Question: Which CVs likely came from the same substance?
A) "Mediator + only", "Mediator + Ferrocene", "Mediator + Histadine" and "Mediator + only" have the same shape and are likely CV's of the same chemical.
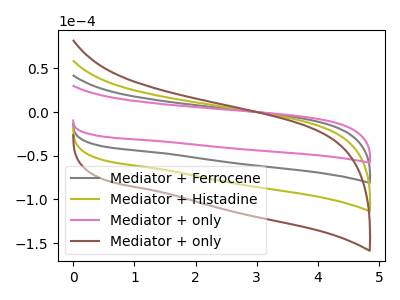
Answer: <think>The gray curve "Mediator + Ferrocene" has no peaks. The olive curve "Mediator + Histadine" has no peaks. The pink curve "Mediator + only" has no peaks. The brown curve "Mediator + only" has no peaks.
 Neither "Mediator + Ferrocene" or "Mediator + Histadine" have any peaks. Neither "Mediator + Ferrocene" or "Mediator + only" have any peaks. Neither "Mediator + Ferrocene" or "Mediator + only" have any peaks. Neither "Mediator + Histadine" or "Mediator + only" have any peaks. Neither "Mediator + Histadine" or "Mediator + only" have any peaks. Neither "Mediator + only" or "Mediator + only" have any peaks.</think>
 <answer>A) "Mediator + only", "Mediator + Ferrocene", "Mediator + Histadine" and "Mediator + only" have the same shape and are likely CV's of the same chemical.</answer>
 <eval>A</eval>